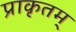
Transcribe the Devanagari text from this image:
प्राकृतम्